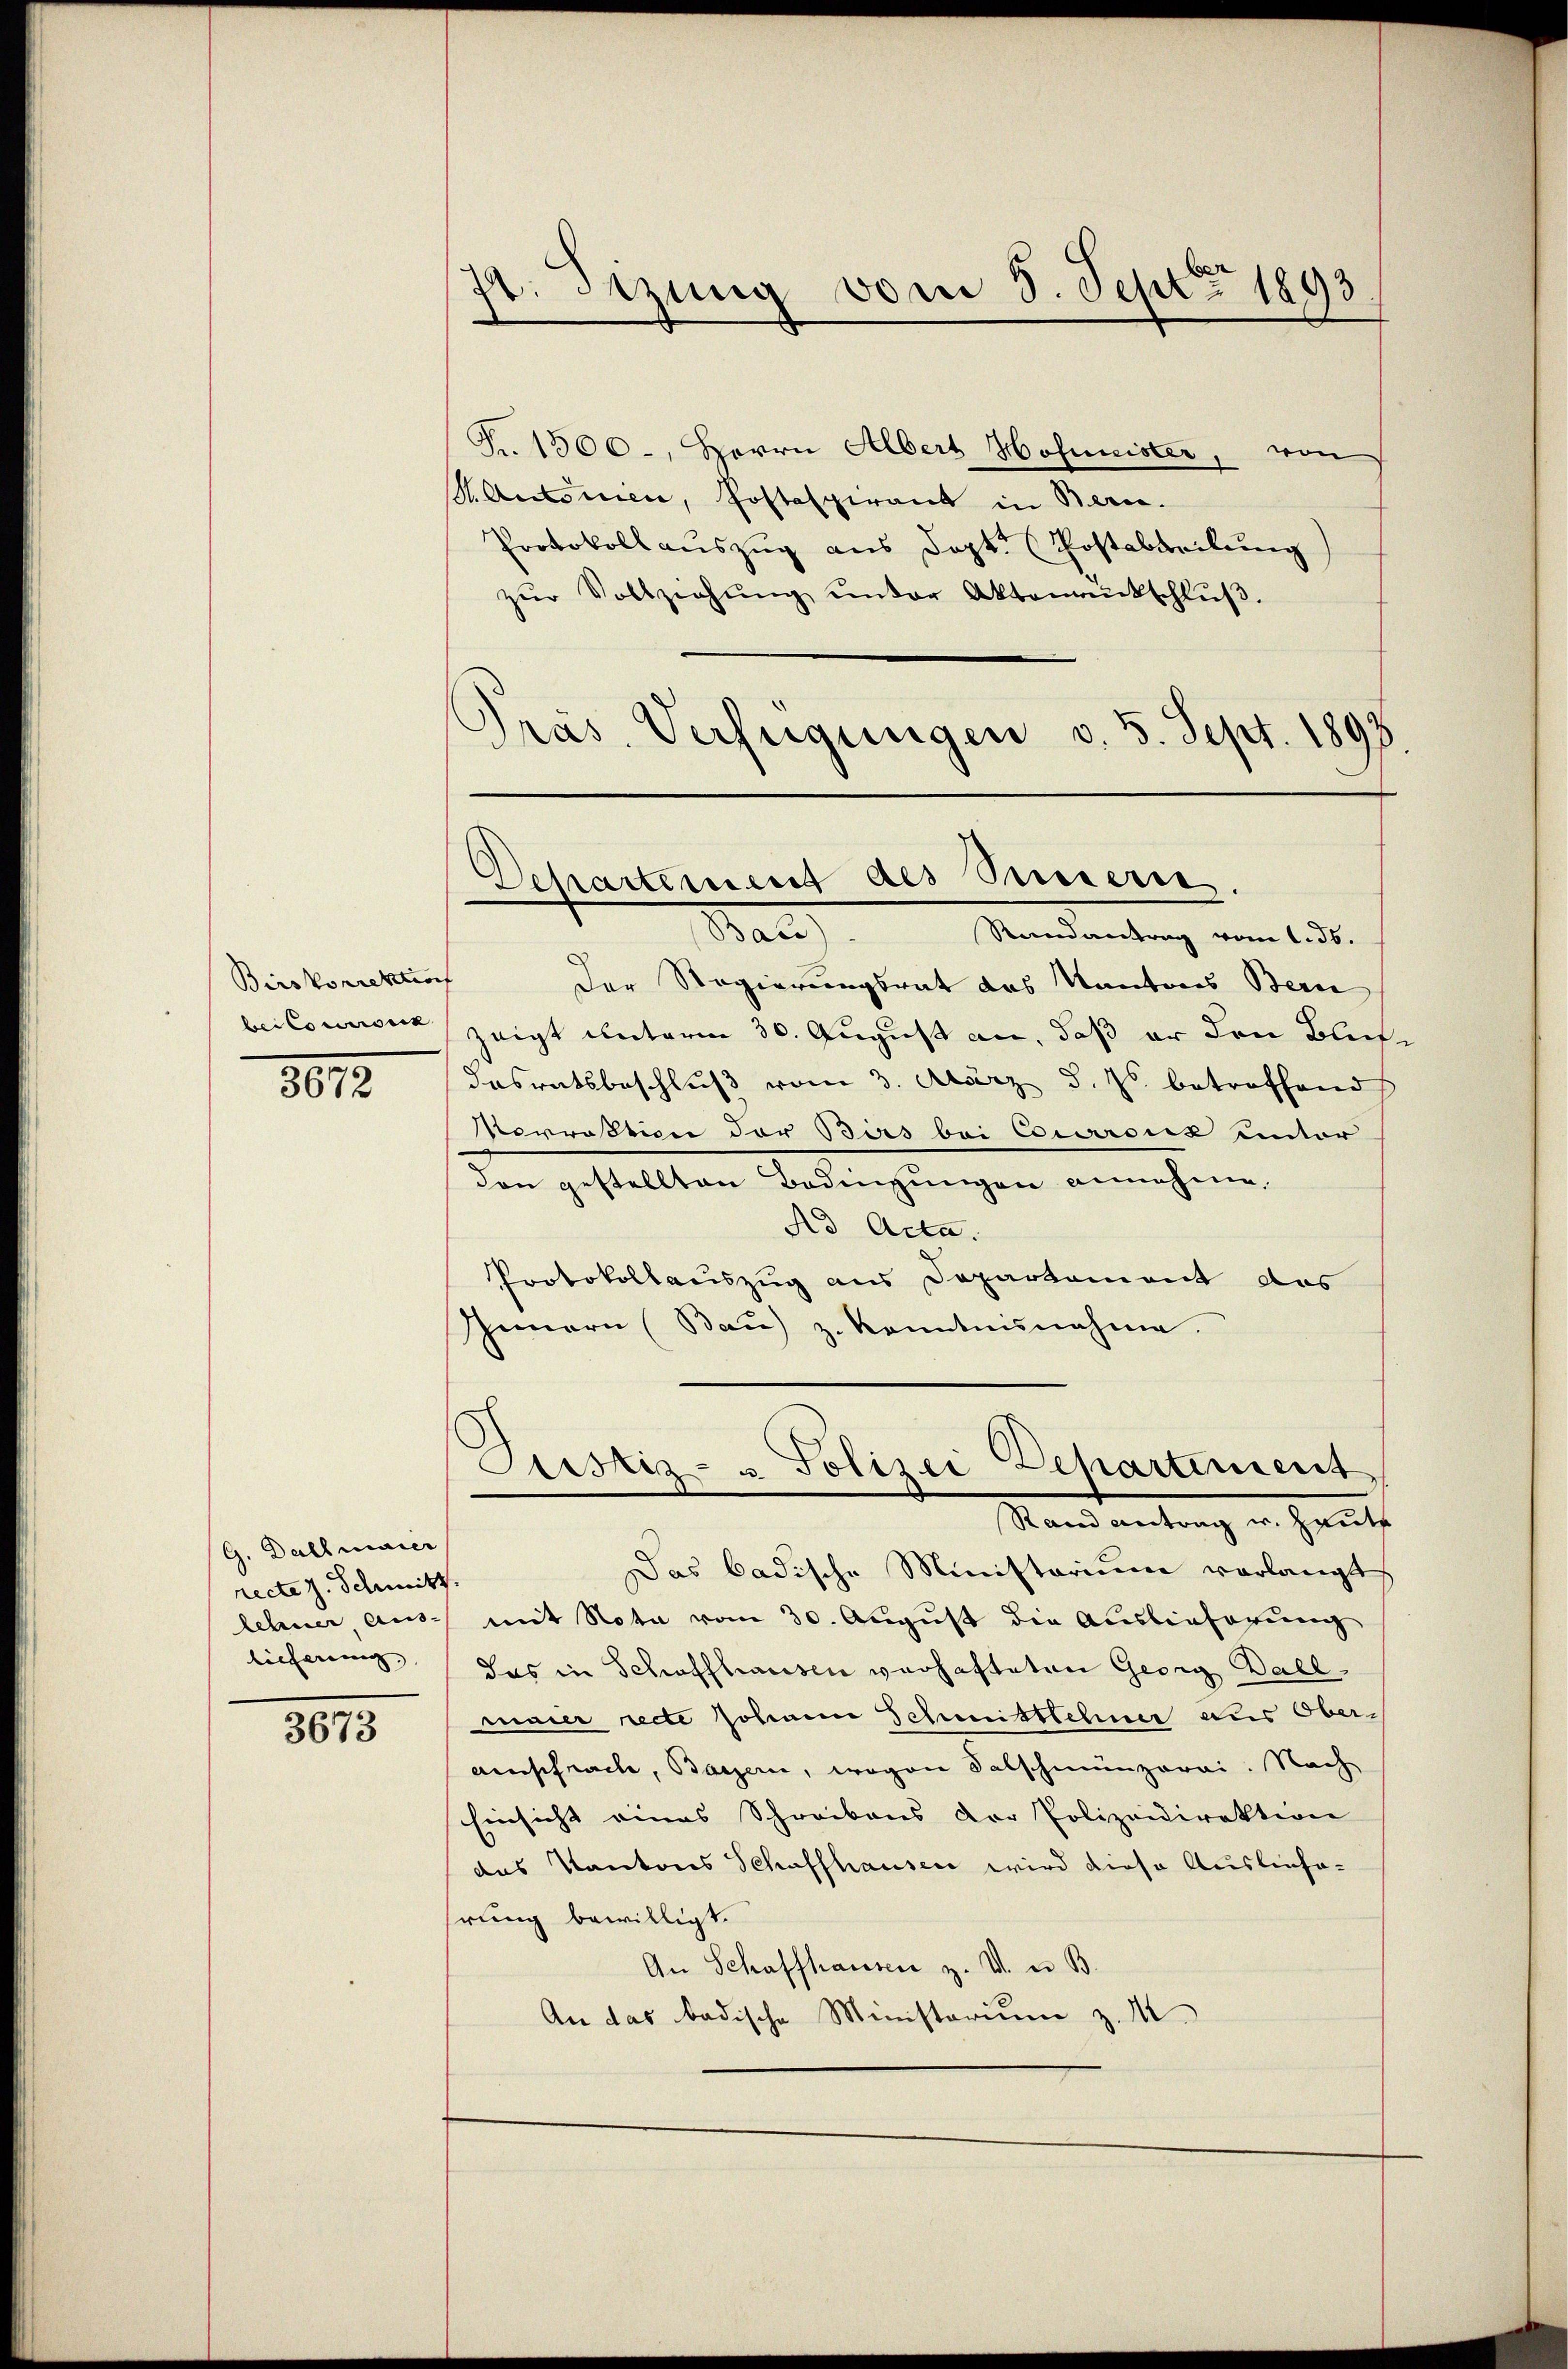
Birskorrektion
bei Courseck

1013.

G. Dahlmaier
recte z. Schmitz
lehner Aus-
licherung |

3673

7t. Sezung vom 5. Sept 1893.

Nr. 1500-, Herrn Albert Hofmeister, von
S. Autoren, Postspirant in Bern.
Protokollauszug aus Dopt. (Postabteilung
zŭr Vollziehŭng ŭnter Aktementschlŭβ.
Pras. Verfügungen v. 5. Sept. 1893.

Departement des Innern,

Ban
Randantrag vom 1. Js.
Der Regierungsrat das Kantons Bern
zeigt unterm 30. August an, daß er den Bliche
dasratsbeschluß vom 3. März d. Js. betroffend
Norrektion der Birs bei Coursiz unter
den gestellten Bedingungen annehme,
Ad Acta.
Protokollauszug aus Departament das
Innern (Baŭ) z. kanntnisnahme
Das badische Ministorium vorlangt
mit Nota vom 30. August die Auslieferung
das in Schaffhausen verhafteten Georg Daelmaier recte Johann Schmittlehner aus Ober-
amsfrache, Barzern, wegen Salschmünzerei. Nach
Einsicht eines Schreibens der Polizeidirektion
das Kantons Schaffhausen wird diese Ausliefehrung bewilligt.
An Schaffhausen z. W. u. B.
An das badische Ministerium z. M.

Justiz- u Polizei Departement
Rand Antrag u. heute